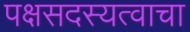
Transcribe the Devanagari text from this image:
पक्षसदस्यत्वाचा